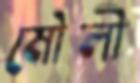
মৌলী